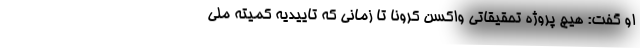
او گفت: هیچ پروژه تحقیقاتی واکسن کرونا تا زمانی که تاییدیه کمیته ملی